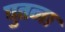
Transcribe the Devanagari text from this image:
पुतना